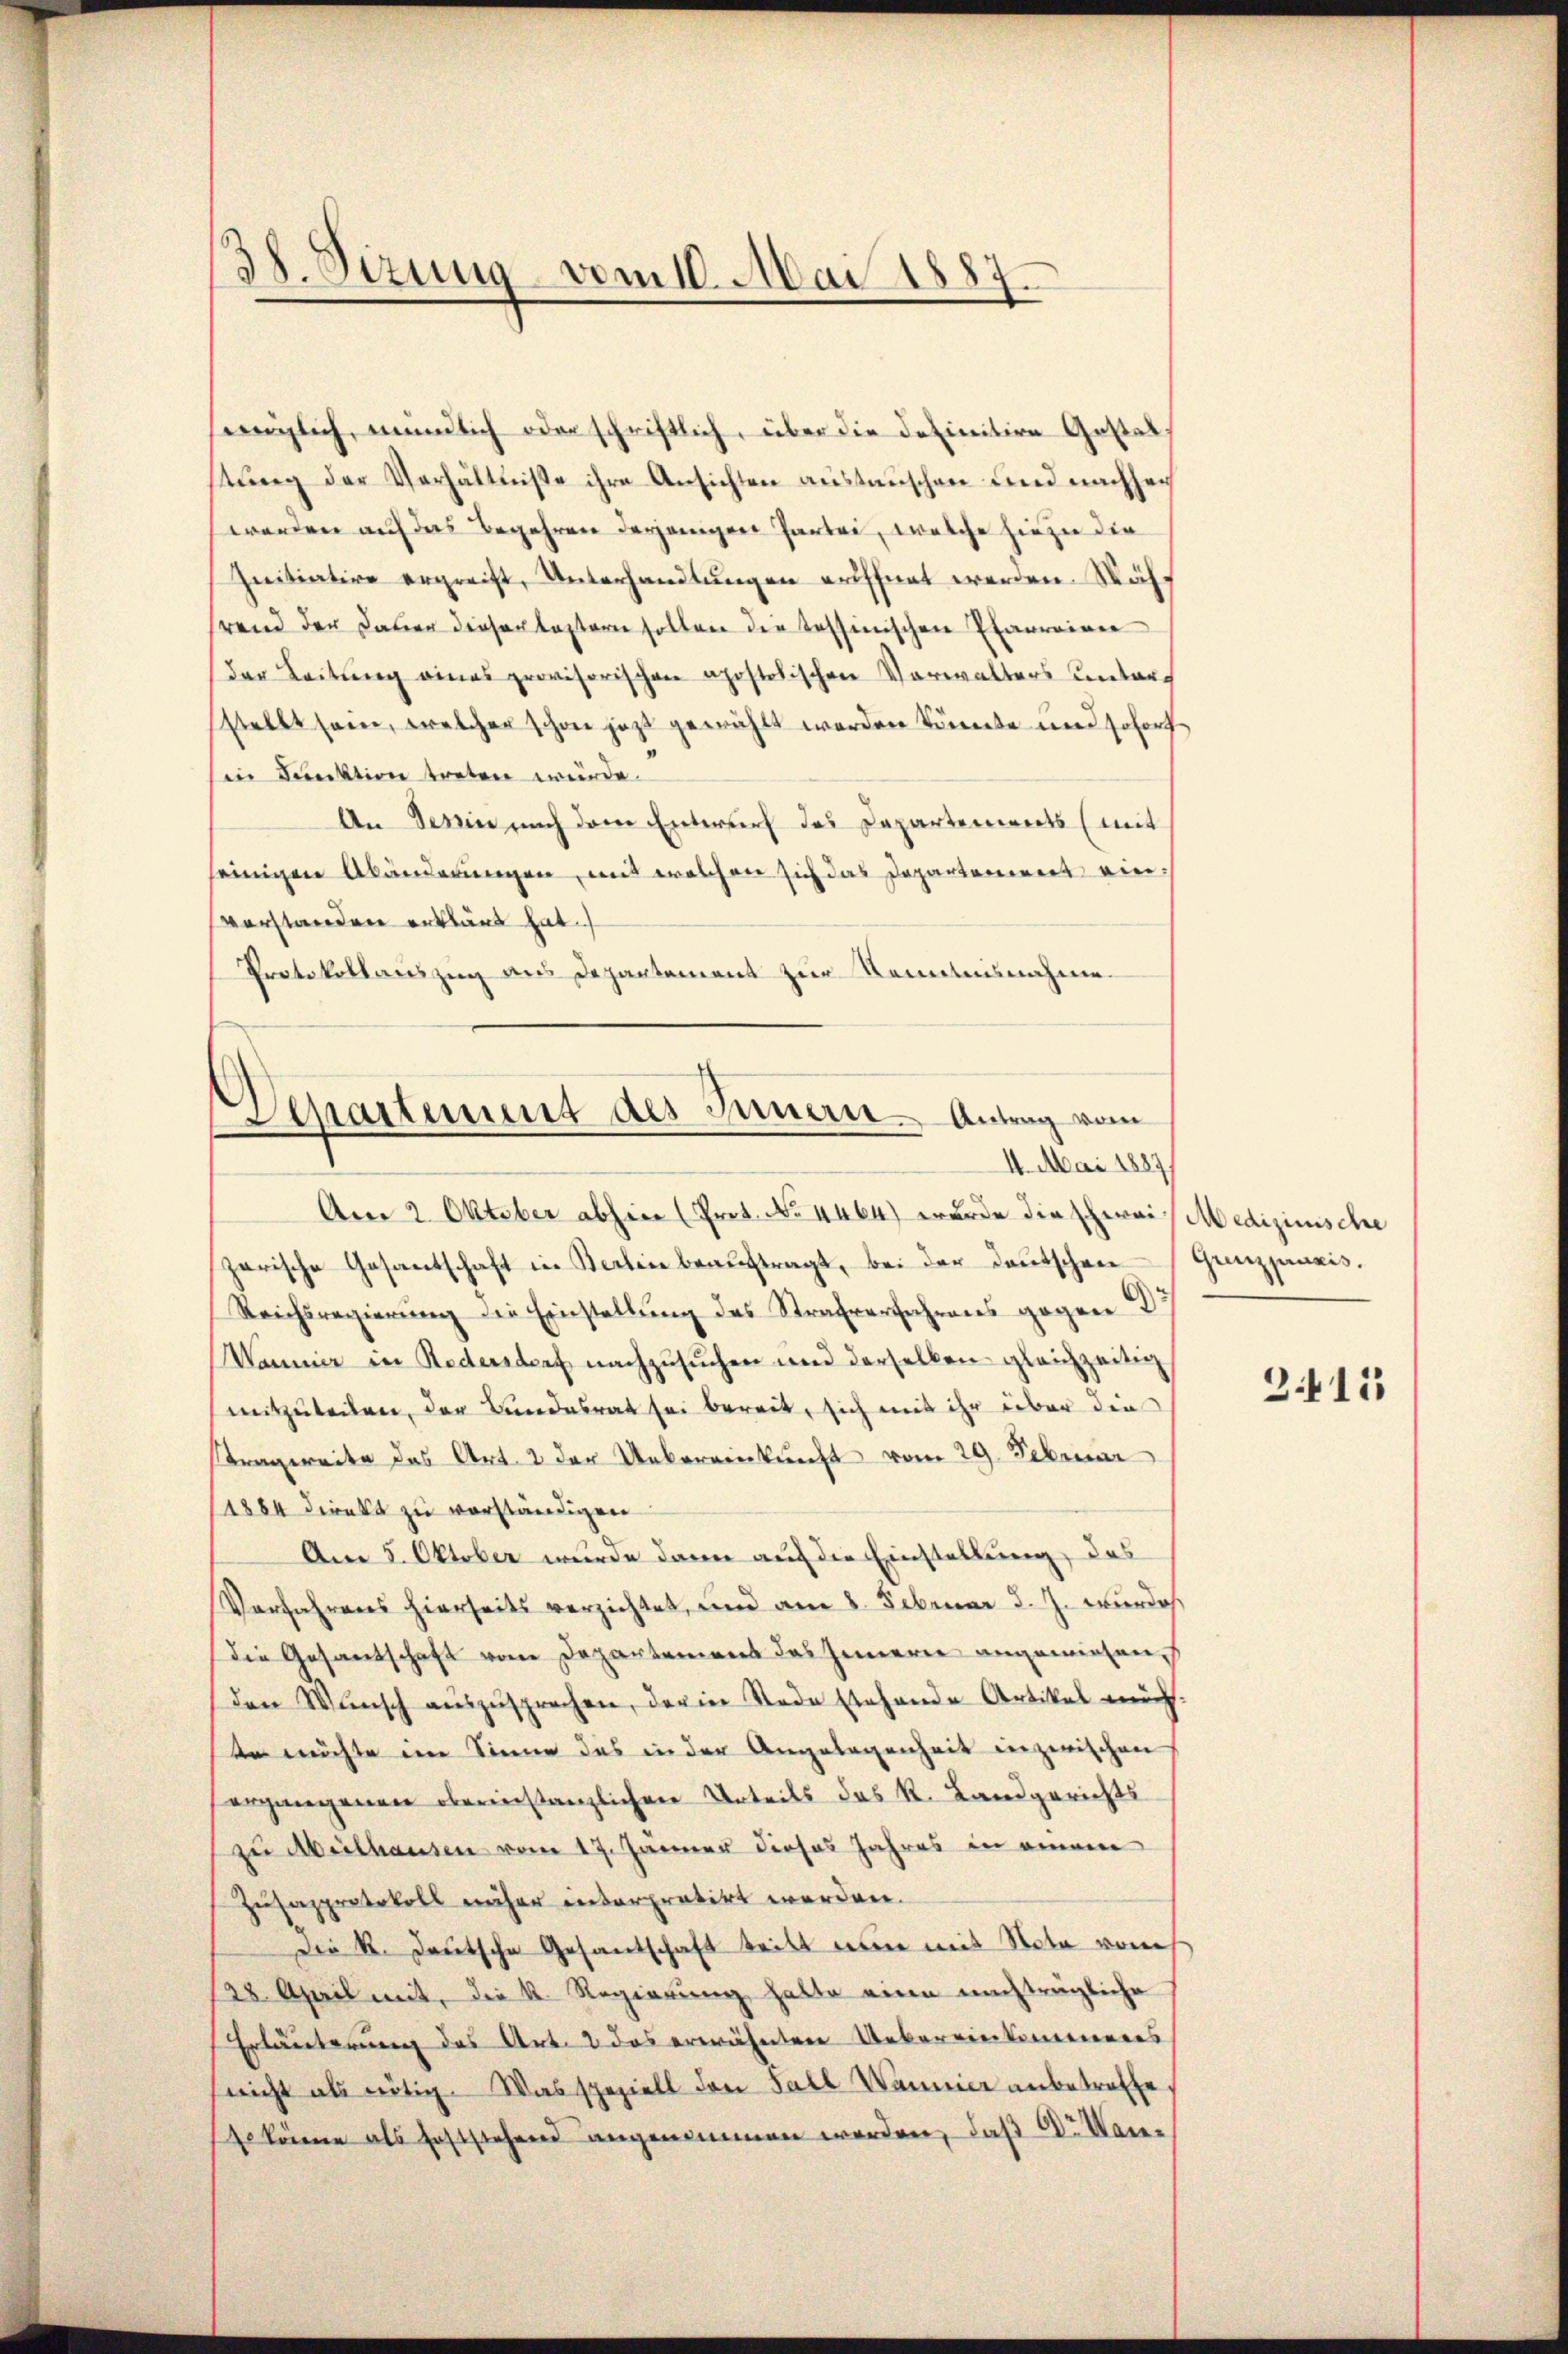
englich mündlich oder schriftlich, über die definitive Gestals
tŭng der Verhältniße ihre Ansichten austauschen und nachher
werden auf das Begehren derjeniger Partei, welche hiezu die
Initiative ergreift, Unterhandlungen eröffnet werden. Wäh
hrend der Dauer diesen lastern sollen die Tessinischen Pfarrainen
Dar Leitung eines provisorischen apostolischen Verwalters Centar
stellt sein, welcher schon jetzt gewählt werden könnte und sofort
in Funktion treten würde.
An Dein nach dem Entwurf des Departenwarts (mit
seinigen Abänderungen, mit welchen sich das Departement einvorstanden erklärt hat.
Protokollauszug aus Departement zur Kenntnisnahme.

38. Sizung vom 10. Mai 1887.

Departement des Innern Antrag vom
14. Mai 1887
Am 2. Oktober abhier (Prot. No. 4464) wurde die schweis Medizinische

zerische Gesantschaft in Kerlei beaŭftragt, bei der Deutschen Grenzpuxis.
Reichsregierŭng die Einstellung des Strafverfahrens gegen d
Wanner in Redersdorf nachzusuchen und derselben gleichzeitig
mitzuteilen, der Bundesrat sei bereit, sich mit ihr über die
Kragereite das Art. 2 der Uebereinkunft vom 29. Februar
1884 direkt zu verständigen
Am 5. Oktober wurde dann auf die Einstellung, das
Vorfahrens hierseits verzichtet, und am 8. Februar d. J. wurde
die Gesandschaft von Departement das Innere angewiesen
den Wŭnsch aŭszŭsprechen, der in Rede stehende Artikel mich.
tn möchte im Sinne das in der Angelegenheit inzwischen
ergangenen oberinstanzlichen Urteils das R. Landgerichts
zu Aesthausen vom 17. Jänner dieses Jahres in einem
Zusazprotokoll näher interpretirt werden.
Die K. Deutsche Gesantschaft teilt nun mit Nota von
128. April mit, die K. Regierung hatte eine nachträgliche
Erläuterung des Art. 2 das erwähnten Uebereinkommeneres
snicht als nötig. Was speziell den Fall Wannier anbetreffe.
se könne als feststehend angenommen werden, daß Dr. Man¬

3.415